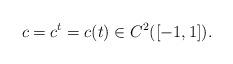
LaTeX: \begin{align*}c = c^t = c(t) \in C^{2}([-1,1]).\end{align*}